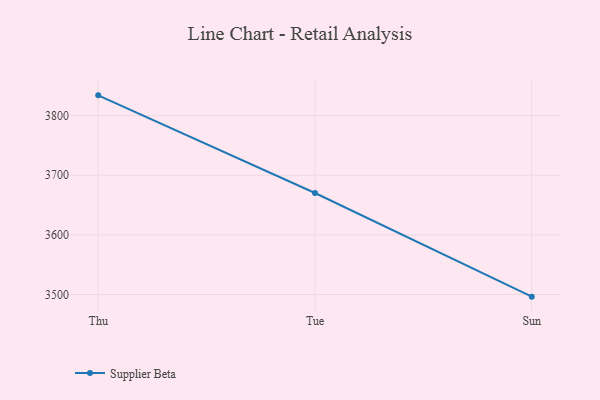
{"axis": {"x": "Day", "y": "Demand Index"}, "legend": ["Supplier Beta"], "data": [{"x": "Thu", "y": 3834.0, "type": "Supplier Beta"}, {"x": "Tue", "y": 3670.2, "type": "Supplier Beta"}, {"x": "Sun", "y": 3496.4, "type": "Supplier Beta"}]}